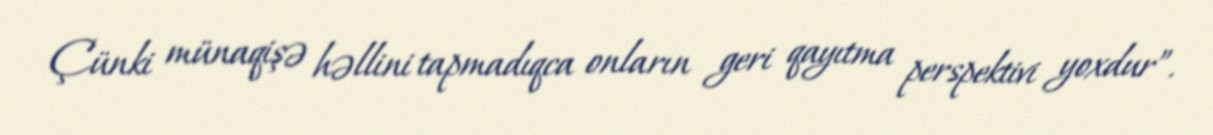
Çünki münaqişə həllini tapmadıqca onların geri qayıtma perspektivi yoxdur”.